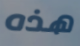
هذه